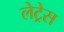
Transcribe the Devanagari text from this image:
लेट्रेस